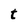
Character: t